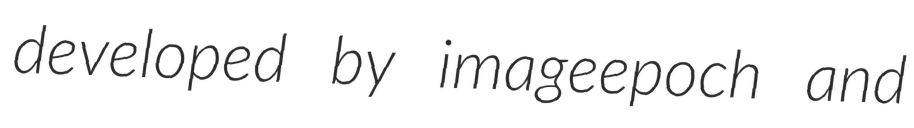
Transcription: developed by imageepoch and